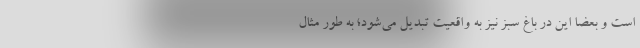
است و بعضا این در باغ سبز نیز به واقعیت تبدیل می‌شود؛ به طور مثال